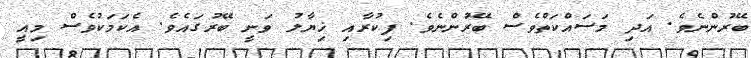
ބޭރުންނެވެ. އަދި މަސައްކަތްވެސް ބޭރުންނެވެ. ފިކުރާއި ޚިޔާލު ވަނީ ބޭރުގައެވެ. އެކަމަކުވެސް މިއީ